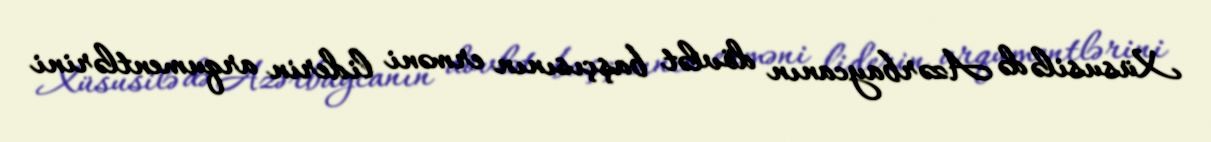
Xüsusilə də Azərbaycanın dövlət başçısının erməni liderin arqumentlərini